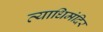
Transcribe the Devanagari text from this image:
व्याधिमंदिर